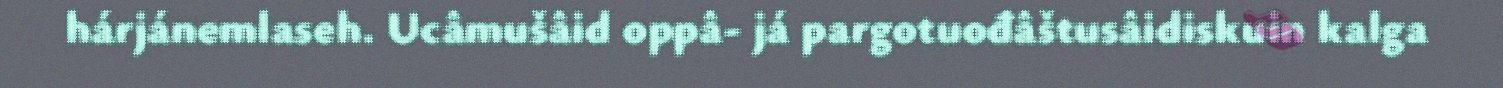
hárjánemlaseh. Ucâmušâid oppâ- já pargotuođâštusâidiskuin kalga